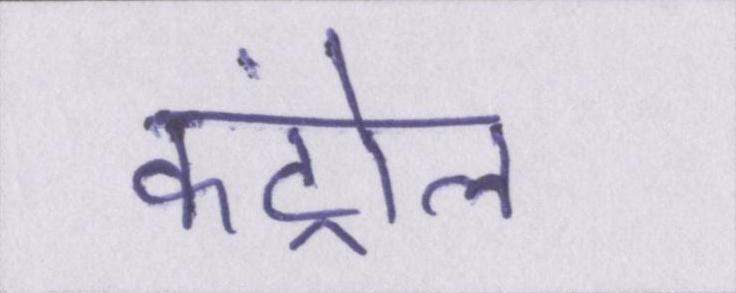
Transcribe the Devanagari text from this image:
कंट्रोल